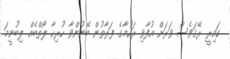
ކައިރީ ރޭގަވެސް ވަރަށް އުފާވި ރަހުމާގެ ފަރާތުން ބޭނުންވާ ހުރިހާ ލޯތްބެއް ލިބުނީމަ